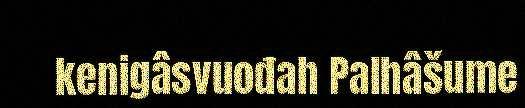
kenigâsvuođah Palhâšume